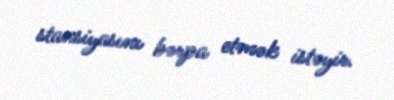
stansiyasını bərpa etmək istəyir.